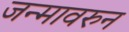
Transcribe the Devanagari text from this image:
जन्मावरुन